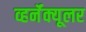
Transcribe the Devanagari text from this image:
व्हर्नॅक्यूलर